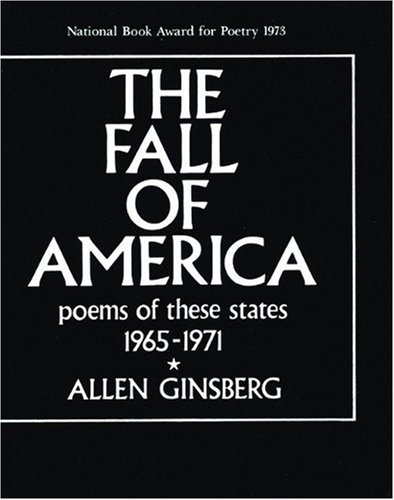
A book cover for The Fall of America: Poems of These States 1965-1971 (City Lights Pocket Poets Series); Allen Ginsberg; Gay & Lesbian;